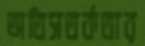
অতিসতর্কতার